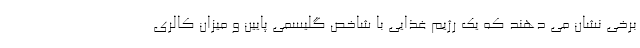
برخی نشان می دهند که یک رژیم غذایی با شاخص گلیسمی پایین و میزان کالری